Annual administration report of the Civil Veterinary Department of India - 1895-1896
Year: 1895
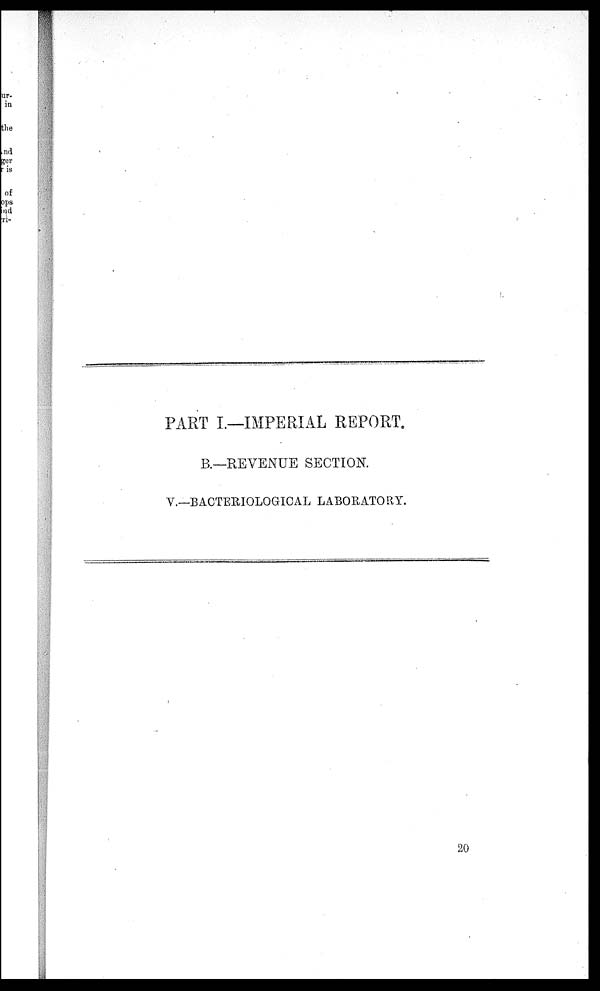
PART I.—IMPERIAL
REPORT.
B.– REVENUE SECTION.
V.–BACTERIOLOGICAL LABORATORY.